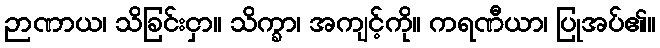
ဉာဏာယ၊ သိခြင်းငှာ။ သိက္ခာ၊ အကျင့်ကို။ ကရဏီယာ၊ ပြုအပ်၏။